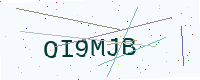
Text: OI9MJB